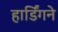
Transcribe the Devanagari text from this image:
हार्डिंगने